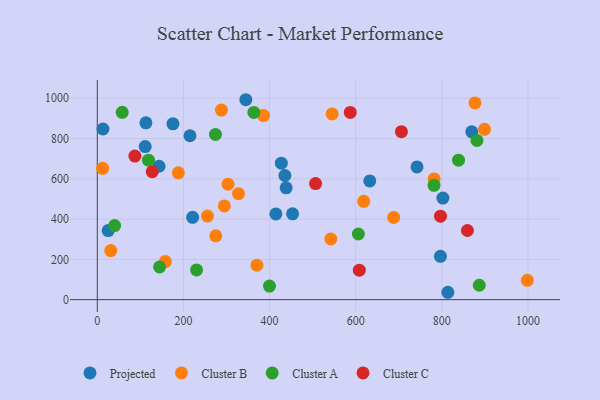
{"axis": {"x": "Distance", "y": "Fuel Efficiency"}, "legend": ["Cluster A", "Cluster B", "Cluster C", "Projected"], "data": [{"x": "175.7", "y": 873.1, "type": "Projected"}, {"x": "13.2", "y": 847.2, "type": "Projected"}, {"x": "111.3", "y": 760.0, "type": "Projected"}, {"x": "435.7", "y": 616.4, "type": "Projected"}, {"x": "632.8", "y": 589.6, "type": "Projected"}, {"x": "215.2", "y": 813.6, "type": "Projected"}, {"x": "143.4", "y": 662.2, "type": "Projected"}, {"x": "112.9", "y": 877.6, "type": "Projected"}, {"x": "869.7", "y": 833.3, "type": "Projected"}, {"x": "414.8", "y": 425.8, "type": "Projected"}, {"x": "742.5", "y": 658.9, "type": "Projected"}, {"x": "796.9", "y": 215.3, "type": "Projected"}, {"x": "25.3", "y": 343.0, "type": "Projected"}, {"x": "345.0", "y": 992.5, "type": "Projected"}, {"x": "814.1", "y": 36.6, "type": "Projected"}, {"x": "427.4", "y": 677.3, "type": "Projected"}, {"x": "802.6", "y": 504.2, "type": "Projected"}, {"x": "221.4", "y": 408.9, "type": "Projected"}, {"x": "438.6", "y": 555.2, "type": "Projected"}, {"x": "453.5", "y": 426.3, "type": "Projected"}, {"x": "545.4", "y": 922.2, "type": "Cluster B"}, {"x": "275.2", "y": 316.6, "type": "Cluster B"}, {"x": "688.3", "y": 408.2, "type": "Cluster B"}, {"x": "998.8", "y": 96.0, "type": "Cluster B"}, {"x": "899.2", "y": 845.4, "type": "Cluster B"}, {"x": "288.3", "y": 941.0, "type": "Cluster B"}, {"x": "188.3", "y": 629.8, "type": "Cluster B"}, {"x": "618.8", "y": 488.3, "type": "Cluster B"}, {"x": "370.8", "y": 171.3, "type": "Cluster B"}, {"x": "782.2", "y": 599.4, "type": "Cluster B"}, {"x": "303.6", "y": 573.4, "type": "Cluster B"}, {"x": "158.1", "y": 189.0, "type": "Cluster B"}, {"x": "295.0", "y": 465.4, "type": "Cluster B"}, {"x": "386.1", "y": 914.0, "type": "Cluster B"}, {"x": "542.3", "y": 301.0, "type": "Cluster B"}, {"x": "877.2", "y": 976.5, "type": "Cluster B"}, {"x": "12.4", "y": 651.8, "type": "Cluster B"}, {"x": "328.0", "y": 526.0, "type": "Cluster B"}, {"x": "31.4", "y": 243.6, "type": "Cluster B"}, {"x": "255.9", "y": 415.0, "type": "Cluster B"}, {"x": "887.1", "y": 71.4, "type": "Cluster A"}, {"x": "230.5", "y": 147.7, "type": "Cluster A"}, {"x": "274.4", "y": 820.2, "type": "Cluster A"}, {"x": "40.3", "y": 367.7, "type": "Cluster A"}, {"x": "881.7", "y": 790.3, "type": "Cluster A"}, {"x": "838.9", "y": 692.4, "type": "Cluster A"}, {"x": "57.9", "y": 929.8, "type": "Cluster A"}, {"x": "606.3", "y": 325.9, "type": "Cluster A"}, {"x": "363.6", "y": 929.3, "type": "Cluster A"}, {"x": "144.7", "y": 162.6, "type": "Cluster A"}, {"x": "118.8", "y": 692.2, "type": "Cluster A"}, {"x": "782.0", "y": 567.3, "type": "Cluster A"}, {"x": "399.9", "y": 67.2, "type": "Cluster A"}, {"x": "859.6", "y": 343.3, "type": "Cluster C"}, {"x": "706.3", "y": 833.8, "type": "Cluster C"}, {"x": "506.9", "y": 576.2, "type": "Cluster C"}, {"x": "608.5", "y": 146.5, "type": "Cluster C"}, {"x": "87.3", "y": 712.7, "type": "Cluster C"}, {"x": "587.5", "y": 929.7, "type": "Cluster C"}, {"x": "127.7", "y": 635.4, "type": "Cluster C"}, {"x": "797.0", "y": 414.3, "type": "Cluster C"}]}